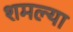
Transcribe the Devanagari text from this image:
शमल्या